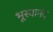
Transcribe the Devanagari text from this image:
भूस्वानंद